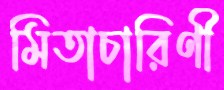
মিতাচারিণী